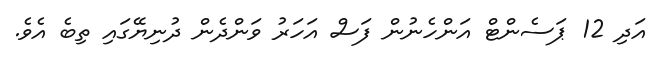
އަދި 12 ޕަސެންޓް އަންހެނުން ފަސް އަހަރު ވަންދެން ދުނިޔޭގައި ތިބެ އެވެ.